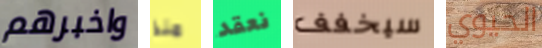
واخبرهم منذ نعقد سيخفف الحيوي